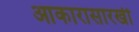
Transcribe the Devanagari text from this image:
आकारासारखी